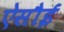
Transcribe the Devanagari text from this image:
ऐसौई